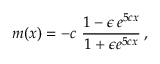
m ( x ) = - c ~ \frac { 1 - \epsilon \, e ^ { 5 c x } } { 1 + \epsilon e ^ { 5 c x } } \, ,